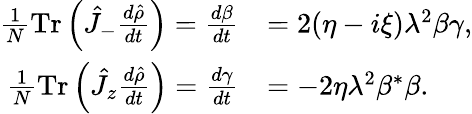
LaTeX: \begin{array}{rl}{\frac{1}{N}\mathrm{Tr}\left(\hat{J}_{-}\frac{d\hat{\rho}}{dt}\right)=\frac{d\beta}{dt}}&{=2(\eta-i\xi)\lambda^{2}\beta\gamma,}\\ {\frac{1}{N}\mathrm{Tr}\left(\hat{J}_{z}\frac{d\hat{\rho}}{dt}\right)=\frac{d\gamma}{dt}}&{=-2\eta\lambda^{2}\beta^{*}\beta.}\end{array}